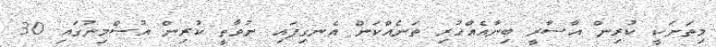
މިތަނަކީ ކުރިން އާސާާރީ ބިނާއެއްހުރި ތަނެއްކަން އެނގިފައި ނުވާތީ ކުރިން އުސްމިނުގައި 30